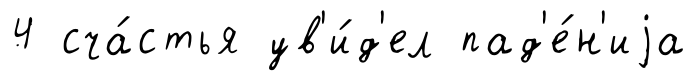
4 сча́стья ув'и́д'ел пад'е́н'иjа